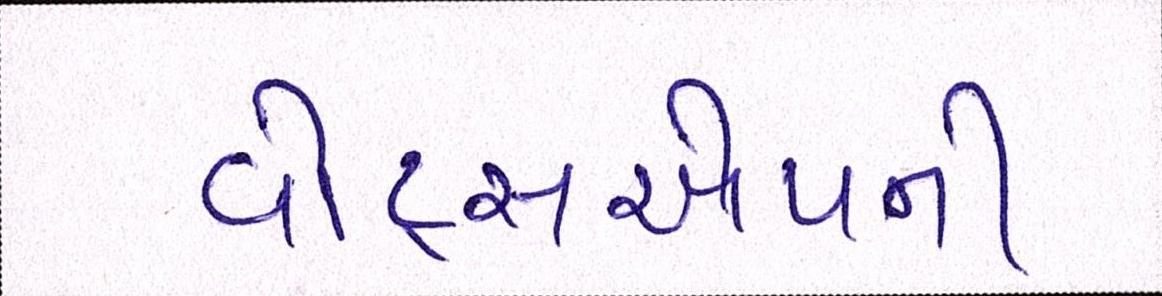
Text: વોટ્સએપની